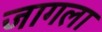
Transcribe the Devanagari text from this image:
जागला